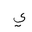
Letter: _ya